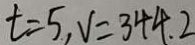
t = 5 , V = 3 4 4 . 2